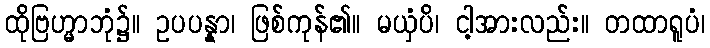
ထိုဗြဟ္မာဘုံ၌။ ဥပပန္နာ၊ ဖြစ်ကုန်၏။ မယှံပိ၊ ငါ့အားလည်း။ တထာရူပံ၊